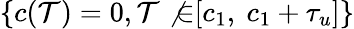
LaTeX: \{ c(\mathcal{T})=0,\mathcal{T}\not{\in}[c_{1},\ c_{1}+\tau_{u}]\}